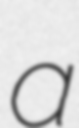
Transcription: a